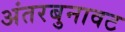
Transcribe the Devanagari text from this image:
अंतरबुनावट